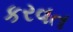
કરવત